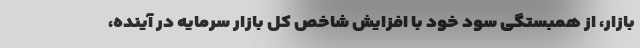
بازار، از همبستگی سود خود با افزایش شاخص کل بازار سرمایه در آینده،